画像に写った文字を読んでください
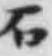
「石」と書いてあります